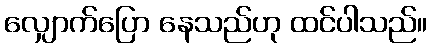
လျှောက်ပြော နေသည်ဟု ထင်ပါသည်။